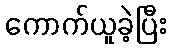
ကောက်ယူခဲ့ပြီး